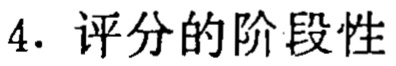
4. 评分的阶段性